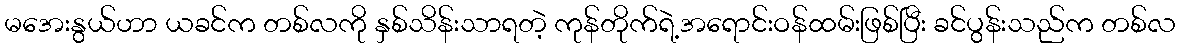
မအေးနွယ်ဟာ ယခင်က တစ်လကို နှစ်သိန်းသာရတဲ့ ကုန်တိုက်ရဲ့အရောင်းဝန်ထမ်းဖြစ်ပြီး ခင်ပွန်းသည်က တစ်လ